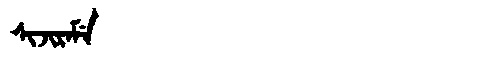
Manchu: ᠰᡳᠵᡳᡵᠠᠮᡝ
Romanization: SIJIRAME